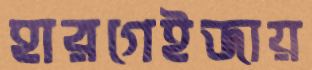
হারগেইজায়